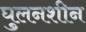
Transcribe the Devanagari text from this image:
घुलनशीन